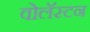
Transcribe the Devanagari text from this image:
वोलॅस्टन